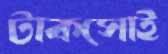
টাকসোই